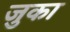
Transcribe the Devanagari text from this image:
जुका